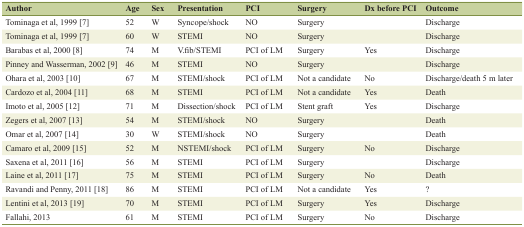
<table><thead><tr><td><b>Author</b></td><td><b>Age</b></td><td><b>Sex</b></td><td><b>Presentation</b></td><td><b>PCI</b></td><td><b>Surgery</b></td><td><b>Dx before PCI</b></td><td><b>Outcome</b></td></tr></thead><tbody><tr><td>Tominaga et al, 1999 [7]</td><td>52</td><td>W</td><td>Syncope/shock</td><td>NO</td><td>Surgery</td><td></td><td>Discharge</td></tr><tr><td>Tominaga et al, 1999 [7]</td><td>60</td><td>W</td><td>STEMI</td><td>NO</td><td>Surgery</td><td></td><td>Discharge</td></tr><tr><td>Barabas et al, 2000 [8]</td><td>74</td><td>M</td><td>V.fib/STEMI</td><td>PCI of LM</td><td>Surgery</td><td>Yes</td><td>Discharge</td></tr><tr><td>Pinney and Wasserman, 2002 [9]</td><td>46</td><td>M</td><td>STEMI</td><td>NO</td><td>Surgery</td><td></td><td>Discharge</td></tr><tr><td>Ohara et al, 2003 [10]</td><td>67</td><td>M</td><td>STEMI/shock</td><td>PCI of LM</td><td>Not a candidate</td><td>No</td><td>Discharge/death 5 m later</td></tr><tr><td>Cardozo et al, 2004 [11]</td><td>68</td><td>M</td><td>STEMI</td><td>PCI of LM</td><td>Not a candidate</td><td>Yes</td><td>Death</td></tr><tr><td>Imoto et al, 2005 [12]</td><td>71</td><td>M</td><td>Dissection/shock</td><td>PCI of LM</td><td>Stent graft</td><td>Yes</td><td>Discharge</td></tr><tr><td>Zegers et al, 2007 [13]</td><td>54</td><td>M</td><td>STEMI/shock</td><td>NO</td><td>Surgery</td><td></td><td>Death</td></tr><tr><td>Omar et al, 2007 [14]</td><td>30</td><td>W</td><td>STEMI/shock</td><td>NO</td><td>Surgery</td><td></td><td>Death</td></tr><tr><td>Camaro et al, 2009 [15]</td><td>52</td><td>M</td><td>NSTEMI/shock</td><td>PCI of LM</td><td>Surgery</td><td>No</td><td>Discharge</td></tr><tr><td>Saxena et al, 2011 [16]</td><td>56</td><td>M</td><td>STEMI</td><td>PCI of LM</td><td>Surgery</td><td></td><td>Discharge</td></tr><tr><td>Laine et al, 2011 [17]</td><td>75</td><td>M</td><td>STEMI</td><td>PCI of LM</td><td>Surgery</td><td>No</td><td>Death</td></tr><tr><td>Ravandi and Penny, 2011 [18]</td><td>86</td><td>M</td><td>STEMI</td><td>PCI of LM</td><td>Not a candidate</td><td>Yes</td><td>?</td></tr><tr><td>Lentini et al, 2013 [19]</td><td>70</td><td>M</td><td>STEMI</td><td>PCI of LM</td><td>Surgery</td><td>Yes</td><td>Discharge</td></tr><tr><td>Fallahi, 2013</td><td>61</td><td>M</td><td>STEMI</td><td>PCI of LM</td><td>Surgery</td><td>No</td><td>Discharge</td></tr></tbody></table>